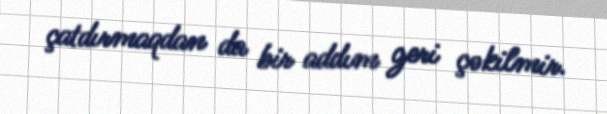
çatdırmaqdan da bir addım geri çəkilmir.